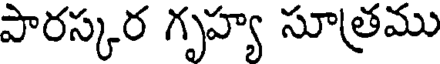
పారస్కర గృహ్య సూత్రము